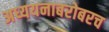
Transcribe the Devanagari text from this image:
अध्ययनाबरोबरच